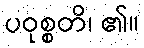
ပဝုစ္စတိ၊ ၏။